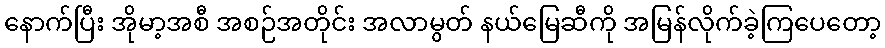
နောက်ပြီး အိုမာ့အစီ အစဉ်အတိုင်း အလာမွတ် နယ်မြေဆီကို အမြန်လိုက်ခဲ့ကြပေတော့